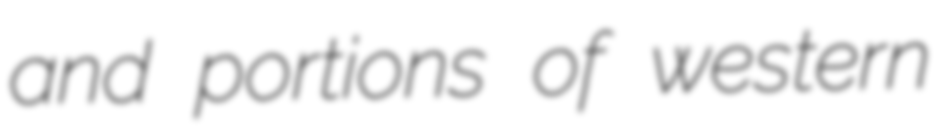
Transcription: and portions of western